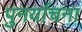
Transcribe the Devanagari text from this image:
पुनर्याचना